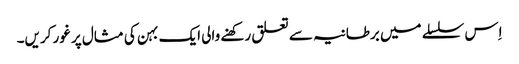
‏ اِس سلسلے میں برطانیہ سے تعلق رکھنے والی ایک بہن کی مثال پر غور کریں۔